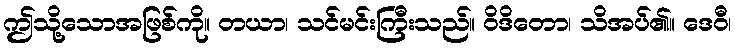
ဤသို့သောအဖြစ်ကို။ တယာ၊ သင်မင်းကြီးသည်။ ဝိဒိတော၊ သိအပ်၏။ ဒေဝီ၊